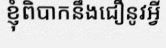
ខ្ញុំពិបាកនឹងជឿនូវអ្វី